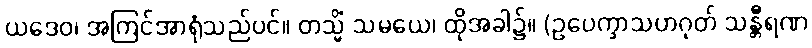
ယဒေဝ၊ အကြင်အာရုံသည်ပင်။ တသ္မိံ သမယေ၊ ထိုအခါ၌။ (ဥပေက္ခာသဟဂုတ် သန္တီရဏ